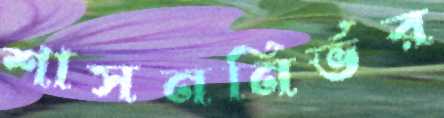
শাসননির্ভর